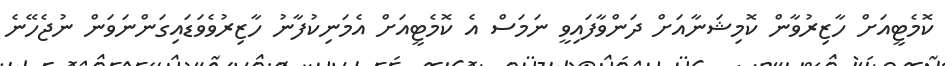
ކޮމެޓީއަށް ހާޒިރުވާން ކޮމިޝަނާއަށް ދަންވާފައިވީ ނަމަސް އެ ކޮމެޓީއަށް އެމަނިކުފާނު ހާޒިރުވެވަޑައިގަންނަވަން ނުޖެހޭނެ